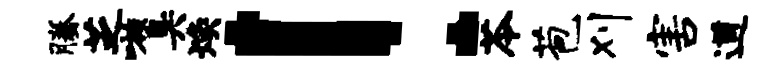
腾芝嗾臭焕！苓苞刈害遒